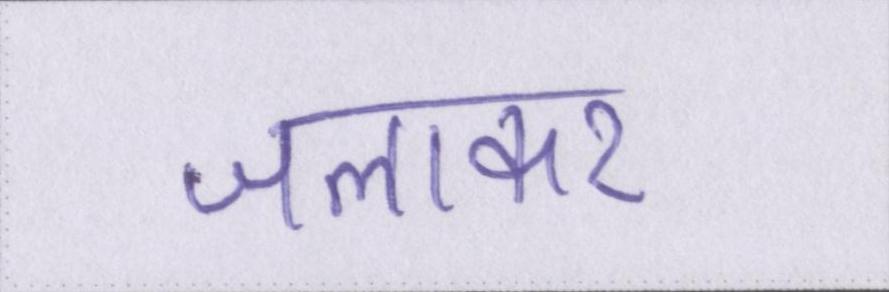
जलाकर